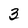
Character: 3